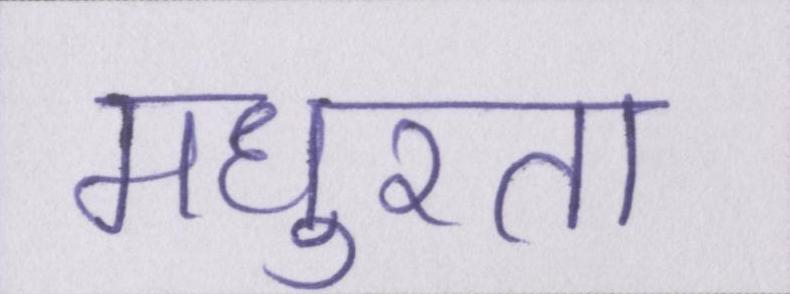
मधुरता